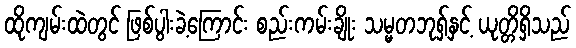
ထိုကျမ်းထဲတွင် ဖြစ်ပွါးခဲ့ကြောင်း စည်းကမ်းချိုး သမ္မတဘုရှ်နှင့် ယုတ္တိရှိသည်